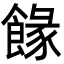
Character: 餯